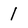
Character: 1